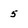
Character: 5